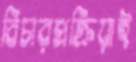
বিচারপ্রক্রিয়াই